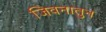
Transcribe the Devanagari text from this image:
जिवनातुन